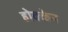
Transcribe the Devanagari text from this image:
होक्केन